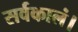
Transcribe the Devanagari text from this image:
सर्वकालं।